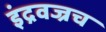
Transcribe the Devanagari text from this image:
इंद्रवज्रच